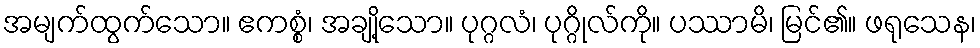
အမျက်ထွက်သော။ ဧကစ္စံ၊ အချို့သော။ ပုဂ္ဂလံ၊ ပုဂ္ဂိုလ်ကို။ ပဿာမိ၊ မြင်၏။ ဖရုသေန၊